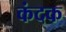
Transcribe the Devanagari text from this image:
कंदक